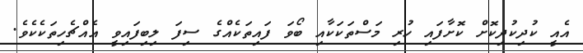
އެއީ ކުދިކުދިކޮށް ކޮށާފައި ހުރި މަސްތަކަކާއި ބޯވަ ފައިތަކެއްގެ ސިފަ ލިބިފައިވީ އެއްޗެހިތަކެކެވެ.